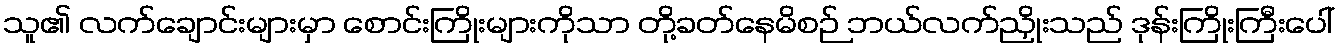
သူ၏ လက်ချောင်းများမှာ စောင်းကြိုးများကိုသာ တို့ခတ်နေမိစဉ် ဘယ်လက်ညှိုးသည် ဒုန်းကြိုးကြီးပေါ်